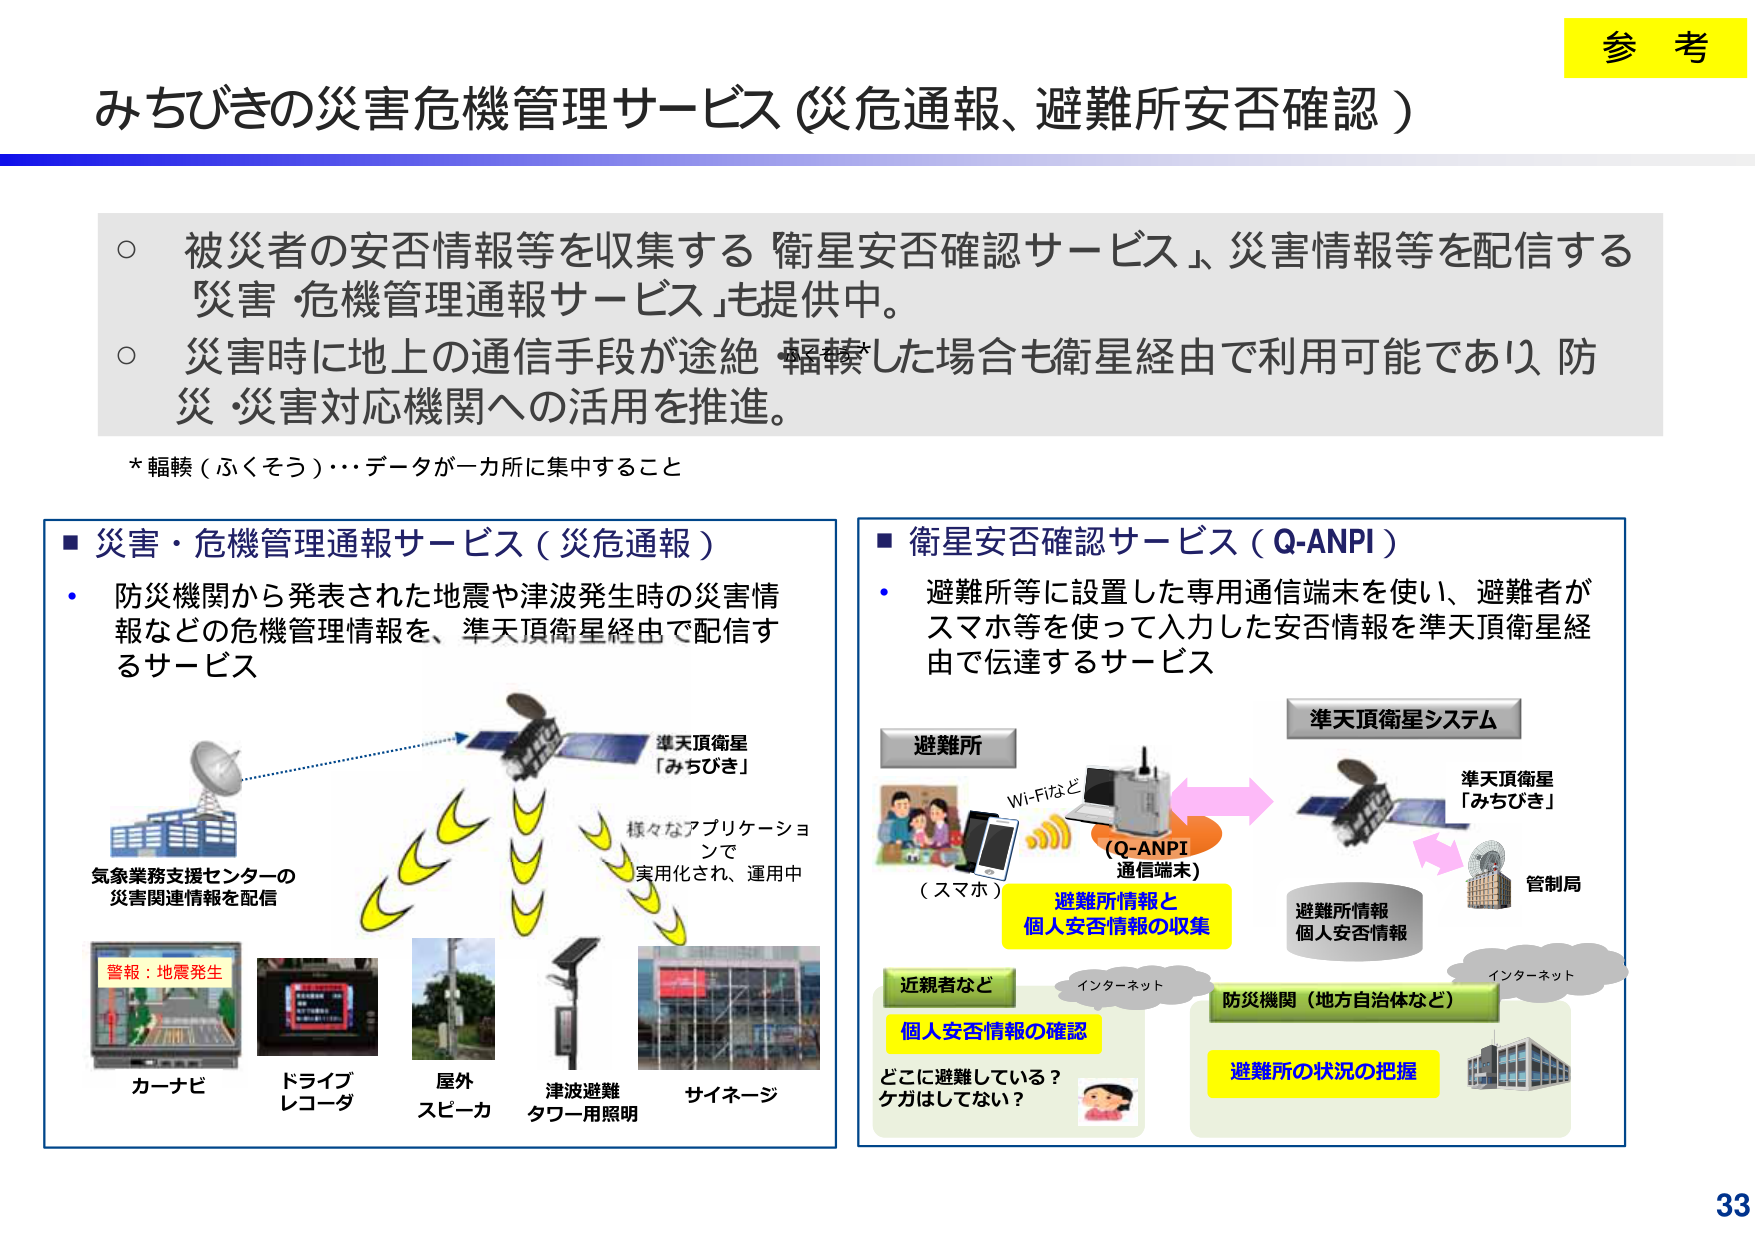
みちびきの災害危機管理サービス（災危通報、避難所安否確認）

○ 被災者の安否情報等を収集する「衛星安否確認サービス」、災害情報等を配信する「災害・危機管理通報サービス」も提供中。
○ 災害時に地上の通信手段が途絶・輻輳した場合も衛星経由で利用可能であり、防災・災害対応機関への活用を推進。

* 輻輳（ふくそう）…データが一カ所に集中すること

■ 災害・危機管理通報サービス（災危通報）
・ 防災機関から発表された地震や津波発生時の災害情報などの危機管理情報を、準天頂衛星経由で配信するサービス

気象業務支援センターの
災害関連情報を配信

警報：地震発生
カーナビ
ドライブレコーダ
屋外スピーカ
津波避難タワー用照明
サイネージ

準天頂衛星
「みちびき」

様々なアプリケーションで
実用化され、運用中

■ 衛星安否確認サービス（Q-ANPI）
・ 避難所等に設置した専用通信端末を使い、避難者がスマホ等を使って入力した安否情報を準天頂衛星経由で伝達するサービス

避難所
Wi-Fiなど
（スマホ）
（Q-ANPI通信端末）

準天頂衛星システム
準天頂衛星
「みちびき」

管制局

避難所情報
個人安否情報

インターネット

近親者など
個人安否情報の確認
どこに避難している？
ケガはしていない？

インターネット

防災機関（地方自治体など）
避難所の状況の把握

避難所情報と
個人安否情報の収集

参考

33